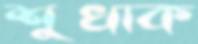
শুখাক